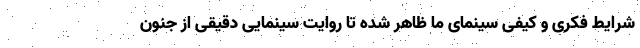
شرایط فکری و کیفی سینمای ما ظاهر شده تا روایت سینماییِ دقیقی از جنون